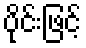
ပိုင်းဖြင့်